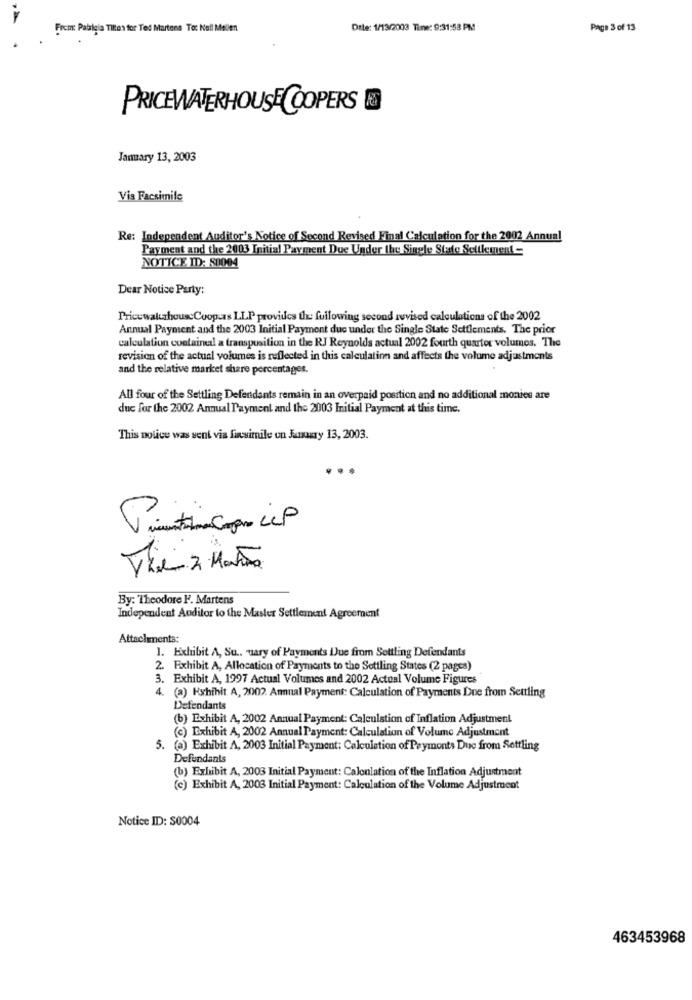
From: Patalgia Tiltes for Ted Martens To: Nell Mellen
Date: 1/13/2003 Time: 9:31:58 PM
Page 3 of 13
PRICEWATERHOUSE COOPERS
January 13, 2003
Vis Facsimile
Re: Independent Auditor's Notice of Second Revised Final Calculation for the 2002 Annual
Payment and the 2003 Initial Payment Due Under the Single State Settlement-
NOTICE ID: 80004
Dear Notice Party:
PricewaterhouseCoop-as LLP provides the following second revised calculations of the 2002
Annual Payment and the 2003 Initial Payment due under the Single State Settlements. The prior
calculation contained a transposition in the RJ Reynolds actual 2002 fourth quarter volumes. The
revision of the actual volumes is reflected in this calculation and affects the volume adjustments
and the relative market share percentages.
All four of the Settling Defendants remain in an overpaid position and no additional monies are
duc for the 2002 Annual Payment and the 2003 Initial Payment at this time.
This notice was sent via facsimile on January 13, 2003.
0
By: Theodore F. Martens
Independent Auditor to the Master Settlement Agreement
Attachments:
1. Exhibit A, Su .. mary of Payments Due from Settling Defendants
2. Exhibit A, Allocation of Payments to the Settling States (2 pages)
3. Exhibit A, 1997 Actual Volumes and 2002 Actual Volume Figures
4. (a) Hshihit. A, 2002. Annual Payment: Calculation of Payments Due from Settling
Defendants
(b) Exhibit A, 2002 Annual Payment: Calculation of Inflation Adjustment
(e) Exhibit A, 2002 Annual Payment: Calculation of Volume Adjustment
5. (a) Exhibit A, 2003 Initial Payment: Calculation of Payments Due from Settling
Defundants
(b) Exhibit A, 2003 Initial Payment: Calonlation of the Inflation Adjustment
(c) Exhibit A, 2003 Initial Payment: Calculation of the Volume Adjustment
Notice ID: S0004
463453968